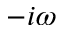
- i \omega